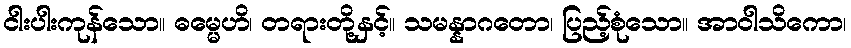
ငါးပါးကုန်သော။ ဓမ္မေဟိ၊ တရားတို့နှင့်။ သမန္နာဂတော၊ ပြည့်စုံသော။ အာဝါသိကော၊